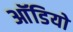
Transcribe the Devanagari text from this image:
आॅडियो